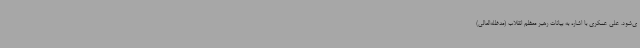
ی‌شود. علی عسکری با اشاره به بیانات رهبر معظم انقلاب (مدظله‌العالی)